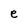
Character: e